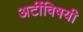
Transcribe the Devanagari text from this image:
अटींविषयी